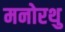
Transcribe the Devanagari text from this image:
मनोरथु